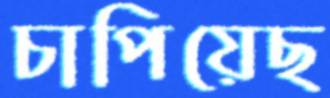
চাপিয়েছ